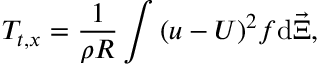
T _ { t , x } = \frac { 1 } { \rho R } \int { ( u - U ) ^ { 2 } } f \mathrm { d } { \vec { \Xi } } ,